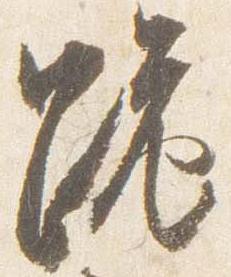
跪